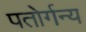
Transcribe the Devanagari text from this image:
पतोर्गन्य